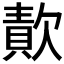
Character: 𣤈